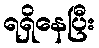
ရရှိနေပြီး